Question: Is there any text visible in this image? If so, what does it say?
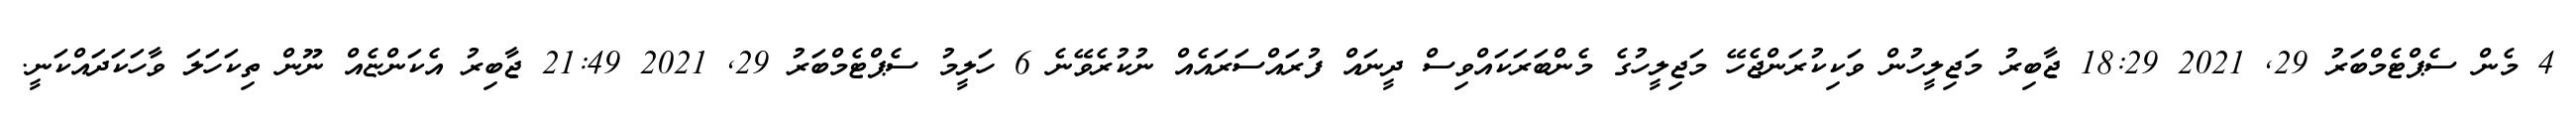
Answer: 4 މެން ސެޕްޓެމްބަރު 29, 2021 18:29 ޖާބިރު މަޖިލީހުން ވަކިކުރަންޖެހޭ މަޖިލީހުގެ މެންބަރަކައްވިސް ދީނައް ފުރައްސަރައެއް ނުކުރެވޭނެ 6 ހަލީމު ސެޕްޓެމްބަރު 29, 2021 21:49 ޖާބިރު އެކަންޏެއް ނޫން ތިކަހަލަ ވާހަކަދައްކަނީ.